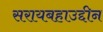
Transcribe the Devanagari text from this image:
सरायबहाउद्दीन